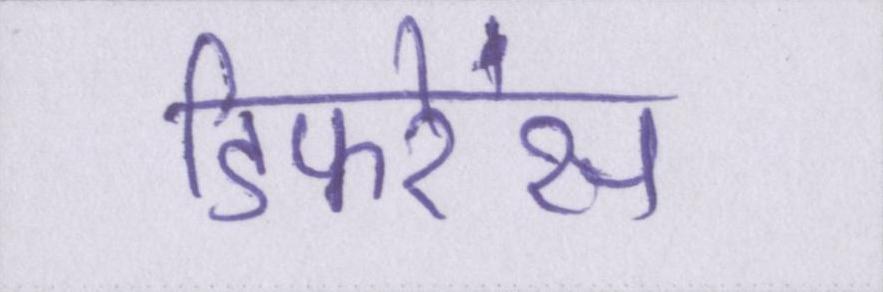
डिफरेंस